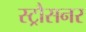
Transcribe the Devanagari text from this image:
स्ट्रौसनर